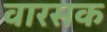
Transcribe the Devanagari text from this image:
वारसक